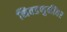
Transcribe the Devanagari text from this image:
निवडणुकींवर